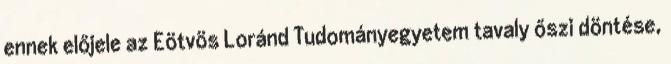
ennek előjele az Eötvös Loránd Tudományegyetem tavaly őszi döntése,